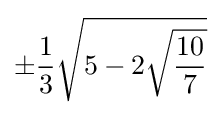
\pm {\frac {1}{3}}{\sqrt {5-2{\sqrt {\frac {10}{7}}}}}